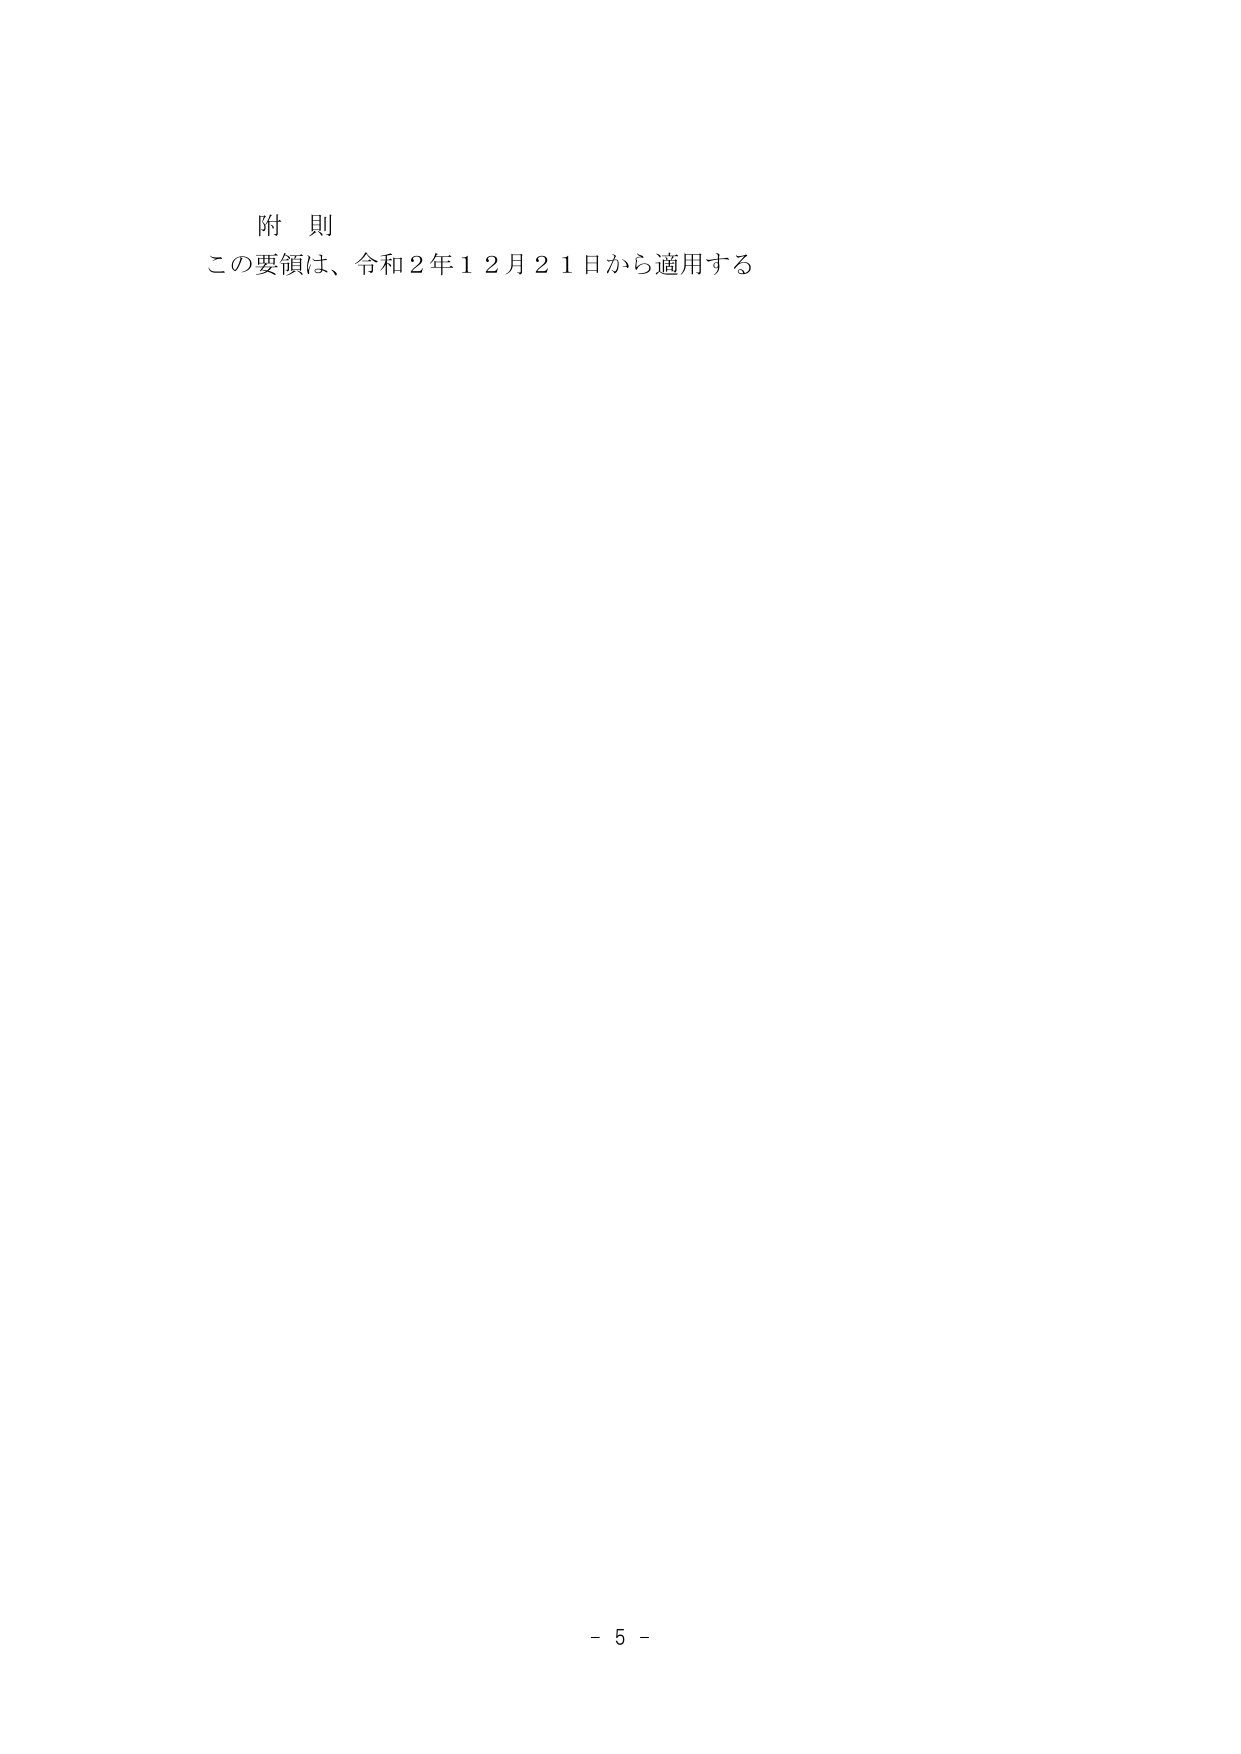
附 則
この要領は、令和２年１２月２１日から適用する

- 5 -